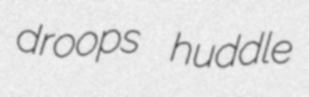
droops huddle